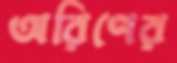
অরিণের